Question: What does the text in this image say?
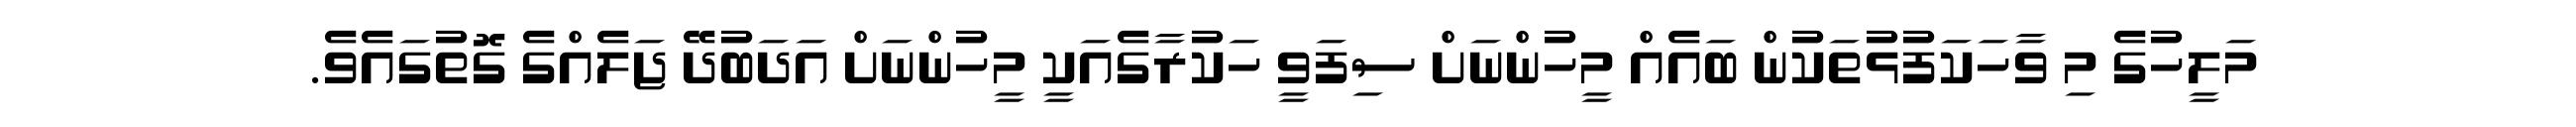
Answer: މަލީހުގެ މި ވާހަކަފުޅުތަކުން ބައެއް މީހުންނަށް ސިފަވީ ހަކުރާގެއަކީ މީހުންނަށް އަދަބުދޭ ޖަލެއްގެ ގޮތުގައެވެ.